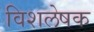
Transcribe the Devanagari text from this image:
विशलेषक